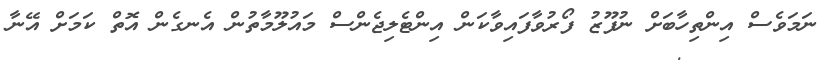
ނަމަވެސް އިންތިހާބަށް ނުފޫޒު ފޯރުވާފައިވާކަން އިންޓެލިޖެންސް މައުލޫމާތުން އެނގެން އޮތް ކަމަށް އޭނާ